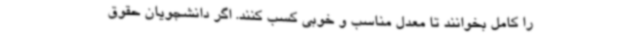
را کامل بخوانند تا معدل مناسب و خوبی کسب کنند. اگر دانشجویان حقوق